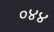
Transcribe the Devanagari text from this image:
०४४